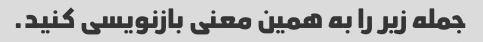
جمله زیر را به همین معنی بازنویسی کنید.